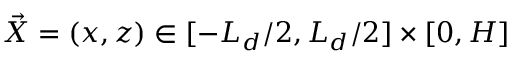
\vec { X } = ( x , z ) \in [ - L _ { d } / 2 , L _ { d } / 2 ] \times [ 0 , H ]